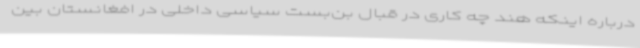
درباره اینکه هند چه کاری در قبال بن‌بست سیاسی داخلی در افغانستان بین